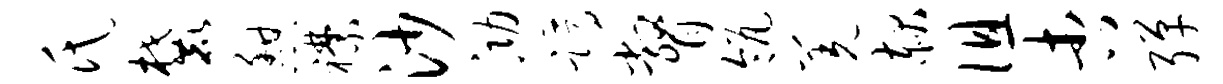
氏麓憩襟沙泐蹲瞥瓴羌赧徂杏弹